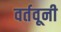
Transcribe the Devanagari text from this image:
वर्तवूनी